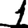
Digit: 1